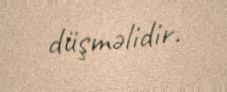
düşməlidir.